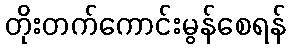
တိုးတက်ကောင်းမွန်စေရန်